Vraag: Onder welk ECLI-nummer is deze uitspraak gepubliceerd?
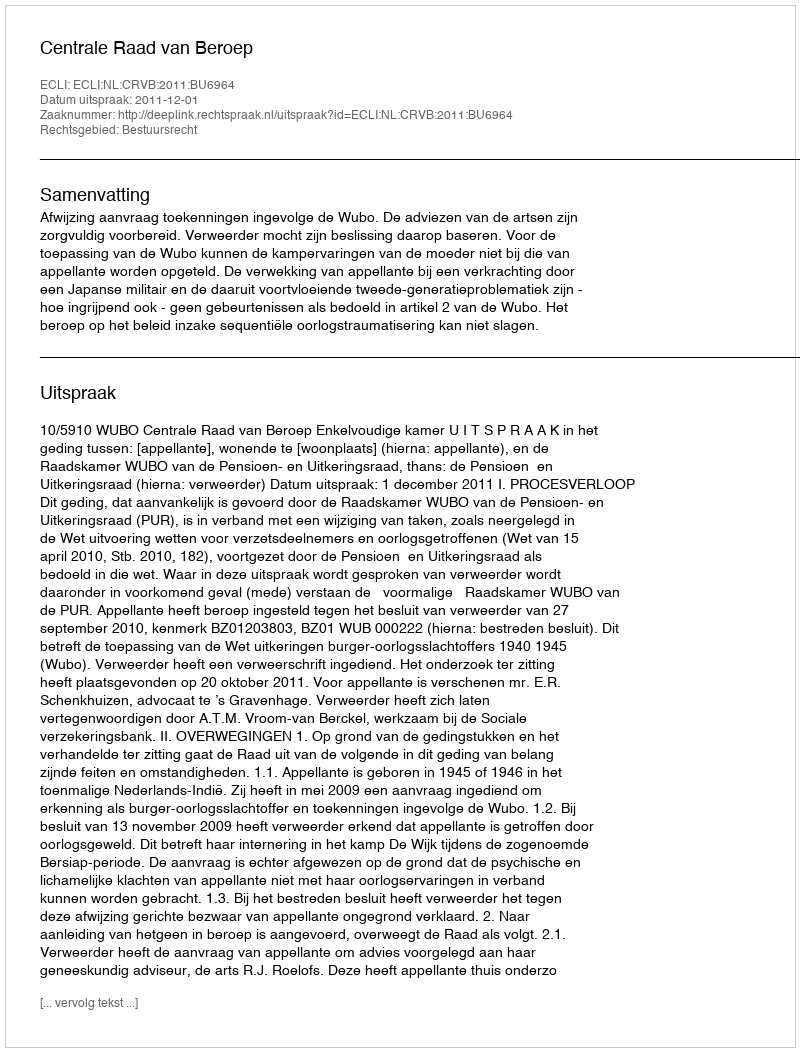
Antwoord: ECLI:NL:CRVB:2011:BU6964